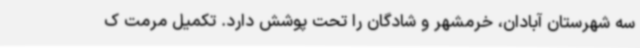
سه شهرستان آبادان، خرمشهر و شادگان را تحت پوشش دارد. تکمیل مرمت ک